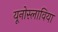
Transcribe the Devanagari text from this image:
यूनोस्लाविया